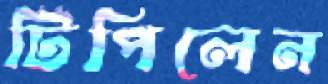
টিপিলেন